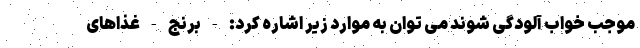
موجب خواب آلودگی شوند می توان به موارد زیر اشاره کرد: - برنج - غذاهای